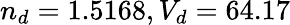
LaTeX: n_{d}=1.5168,V_{d}=64.17